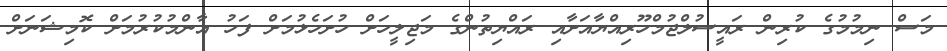
މަސް ނިމުމުގެ ކުރިން ރައީސުލްޖުމްހޫރިއްޔާއަށާއި ރައްޔިތުންގެ މަޖިލީހަށް ހުށަހެޅުމަށް ފަހު އާންމުކުރުމަށް ކޮމިޝަނަށް